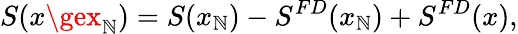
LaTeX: S(x\gex_{\mathbb{N}})=S(x_{\mathbb{N}})-S^{FD}(x_{\mathbb{N}})+S^{FD}(x),